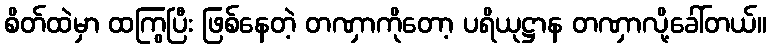
စိတ်ထဲမှာ ထကြွပြီး ဖြစ်နေတဲ့ တဏှာကိုတော့ ပရိယုဋ္ဌာန တဏှာလို့ခေါ်တယ်။